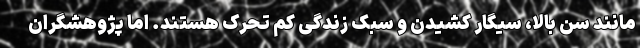
مانند سن بالا، سیگار کشیدن و سبک زندگی کم تحرک هستند. اما پژوهشگران